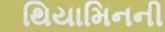
થિયામિનની